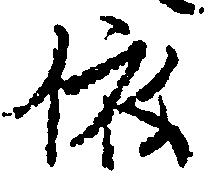
依